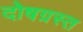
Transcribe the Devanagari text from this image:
दोषग्रस्त